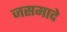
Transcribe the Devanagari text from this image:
जसमादे